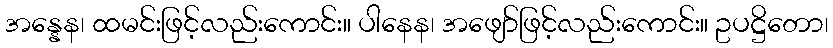
အန္နေန၊ ထမင်းဖြင့်လည်းကောင်း။ ပါနေန၊ အဖျော်ဖြင့်လည်းကောင်း။ ဥပဋ္ဌိတော၊